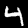
Digit: 4